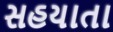
સહયાતા